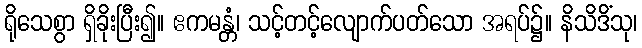
ရိုသေစွာ ရှိခိုးပြီး၍။ ဧကမန္တံ၊ သင့်တင့်လျောက်ပတ်သော အရပ်၌။ နိသိဒိံသု၊